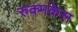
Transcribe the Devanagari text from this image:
रुक्मकेस